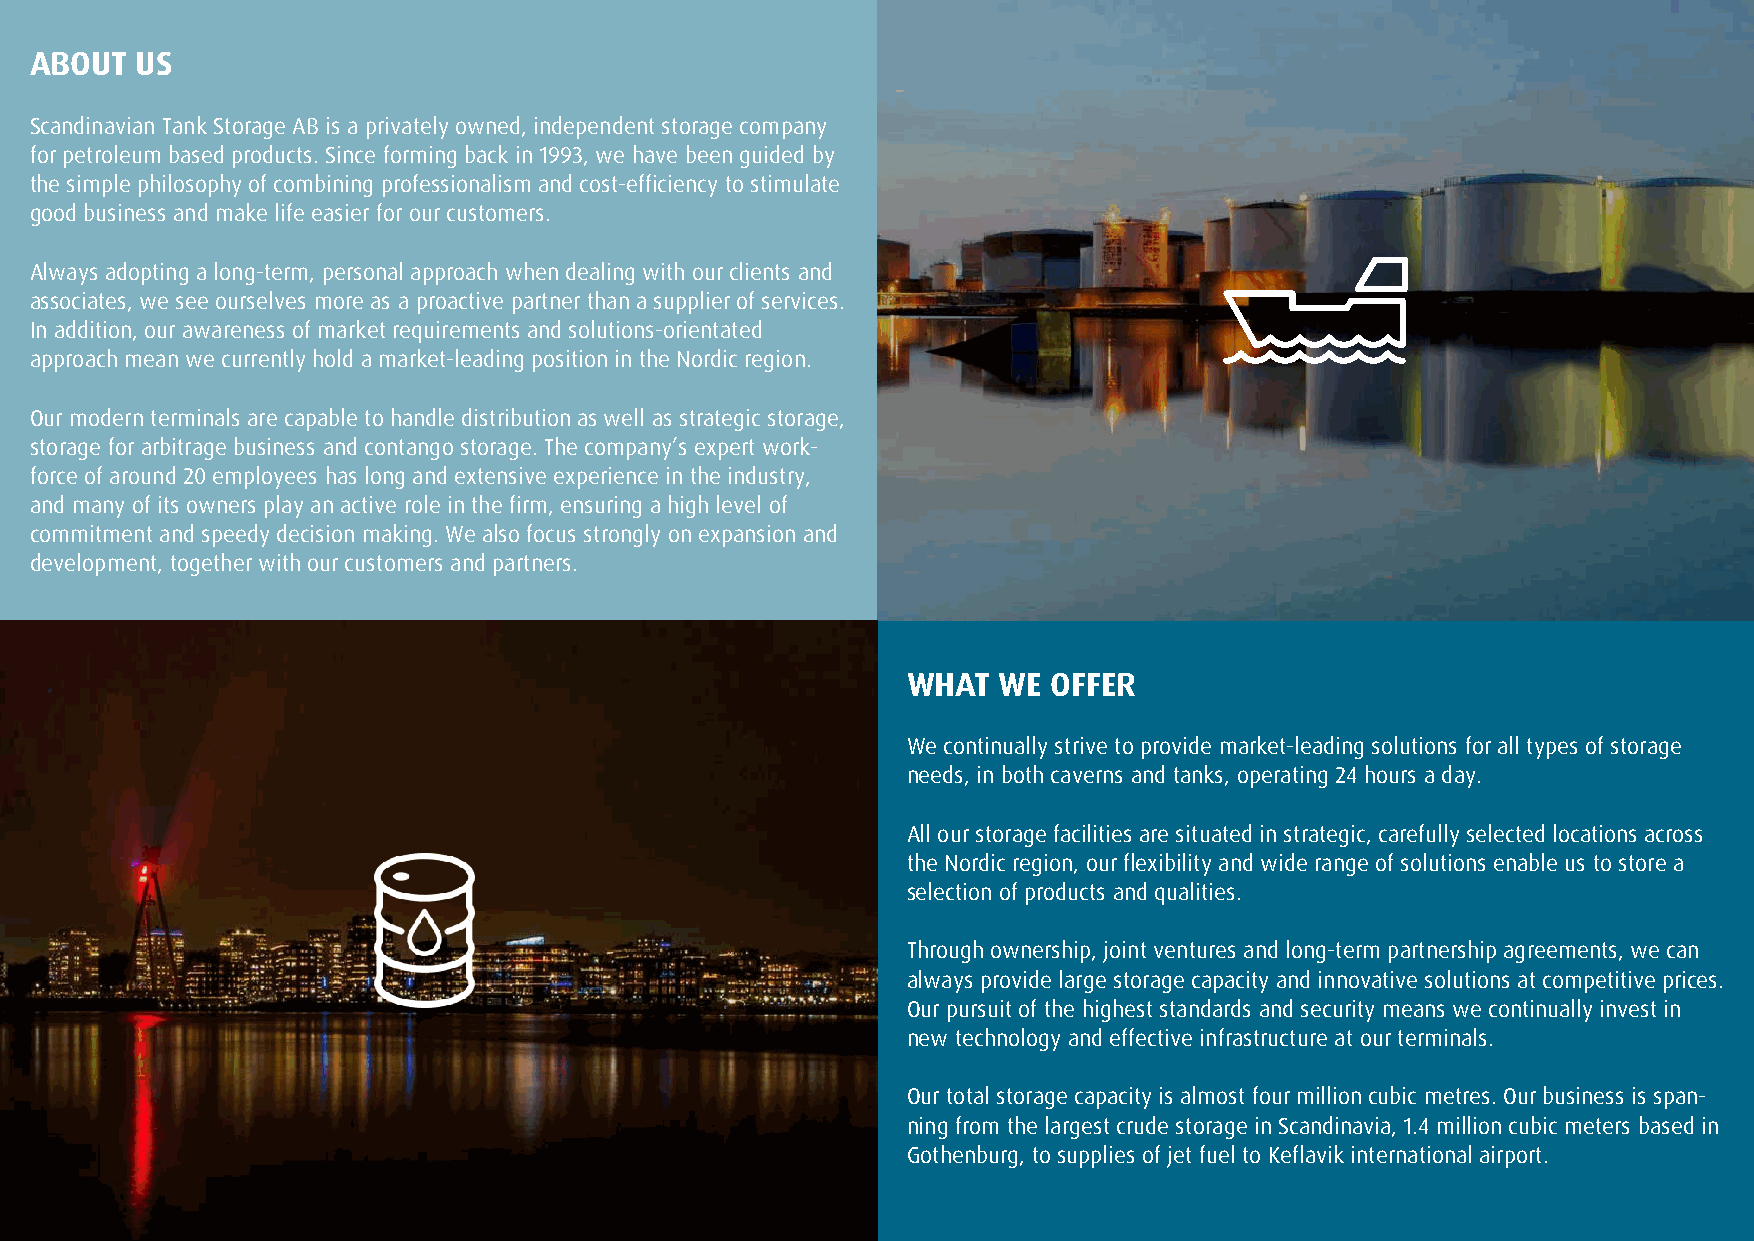
ABOUT  US
 Scandinavian Tank Storage AB is a privately owned, independent storage company
 for petroleum based products. Since forming back in 1993, we have been guided by
 the simple philosophy of combining professionalism and cost-efficiency to stimulate
 good business and make life easier for our customers.
 Always adopting a long-term, personal approach when dealing with our clients and
 associates, we see ourselves more as a proactive partner than a supplier of services.
 In addition, our awareness of market requirements and solutions-orientated
 approach mean we currently hold a market-leading position in the Nordic region.
 Our modern terminals are capable to handle distribution as well as strategic storage,
 storage for arbitrage business and contango storage. The company’s expert work-
 force of around 20 employees has long and extensive experience in the industry,
 and many of its owners play an active role in the firm, ensuring a high level of
 commitment and speedy decision making. We also focus strongly on expansion and
 development, together with our customers and partners.
 WHAT  WE  OFFER
 We continually strive to provide market-leading solutions for all types of storage
 needs, in both caverns and tanks, operating 24 hours a day.
 All our storage facilities are situated in strategic, carefully selected locations across
 the Nordic region, our flexibility and wide range of solutions enable us to store a
 selection of products and qualities.
 Through ownership, joint ventures and long-term partnership agreements, we can
 always provide large storage capacity and innovative solutions at competitive prices.
 Our pursuit of the highest standards and security means we continually invest in
 new technology and effective infrastructure at our terminals.
 Our total storage capacity is almost four million cubic metres. Our business is span-
 ning from the largest crude storage in Scandinavia, 1.4 million cubic meters based in
 Gothenburg, to supplies of jet fuel to Keflavik international airport.